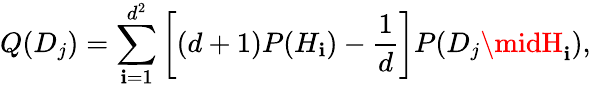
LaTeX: Q(D_{j})=\sum_{\mathbf{i}=1}^{d^{2}}\left[(d+1)P(H_{\mathbf{i}})-{\frac{{1}}{{d}}}\right]P(D_{j}\midH_{\mathbf{i}}),